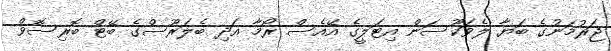
ޖަރުމަނުގެ ބަޔާ ލެވަކޫސަން އިޓަލީގެ އޭއެސް ރޯމާ އަދި ބެލަރޫސްގެ ބޭޓް ބޮރިސޮވް